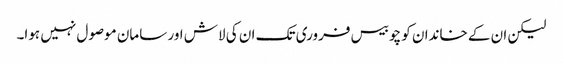
لیکن ان کے خاندان کو چوبیس فروری تک ان کی لاش اور سامان موصول نہیں ہوا۔